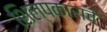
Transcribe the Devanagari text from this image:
शिल्पकाराचे